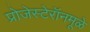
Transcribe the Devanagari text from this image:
प्रोजेस्टेरॉनमूळे